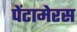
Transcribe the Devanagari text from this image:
पेंटामेरस